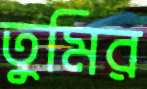
তুমির